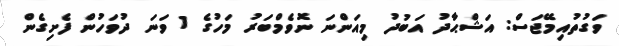
ވަގުތުއިމޭޖަސް: އަޝްޙާދު އަބުދު މިއަންނަ ނޮވެމްބަރު މަހުގެ 1 ވަނަ ދުވަހުން ފެށިގެން